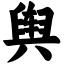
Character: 舆